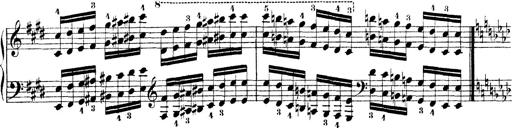
Title: Technische Studien
Composer: Franz Liszt